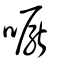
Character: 嚈